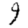
Digit: 9